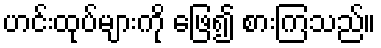
ဟင်းထုပ်များကို ဖြေ၍ စားကြသည်။